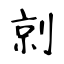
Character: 剠